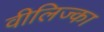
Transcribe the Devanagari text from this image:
वीलिज्का